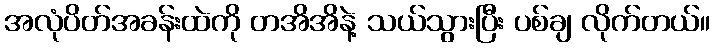
အလုံပိတ်အခန်းထဲကို တအိအိနဲ့ သယ်သွားပြီး ပစ်ချ လိုက်တယ်။